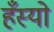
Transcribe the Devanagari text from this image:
हँस्‍यो